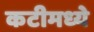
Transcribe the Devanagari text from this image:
कटीमध्ये